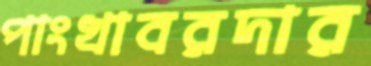
পাংখাবরদার